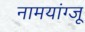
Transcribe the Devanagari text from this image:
नामयांग्जू